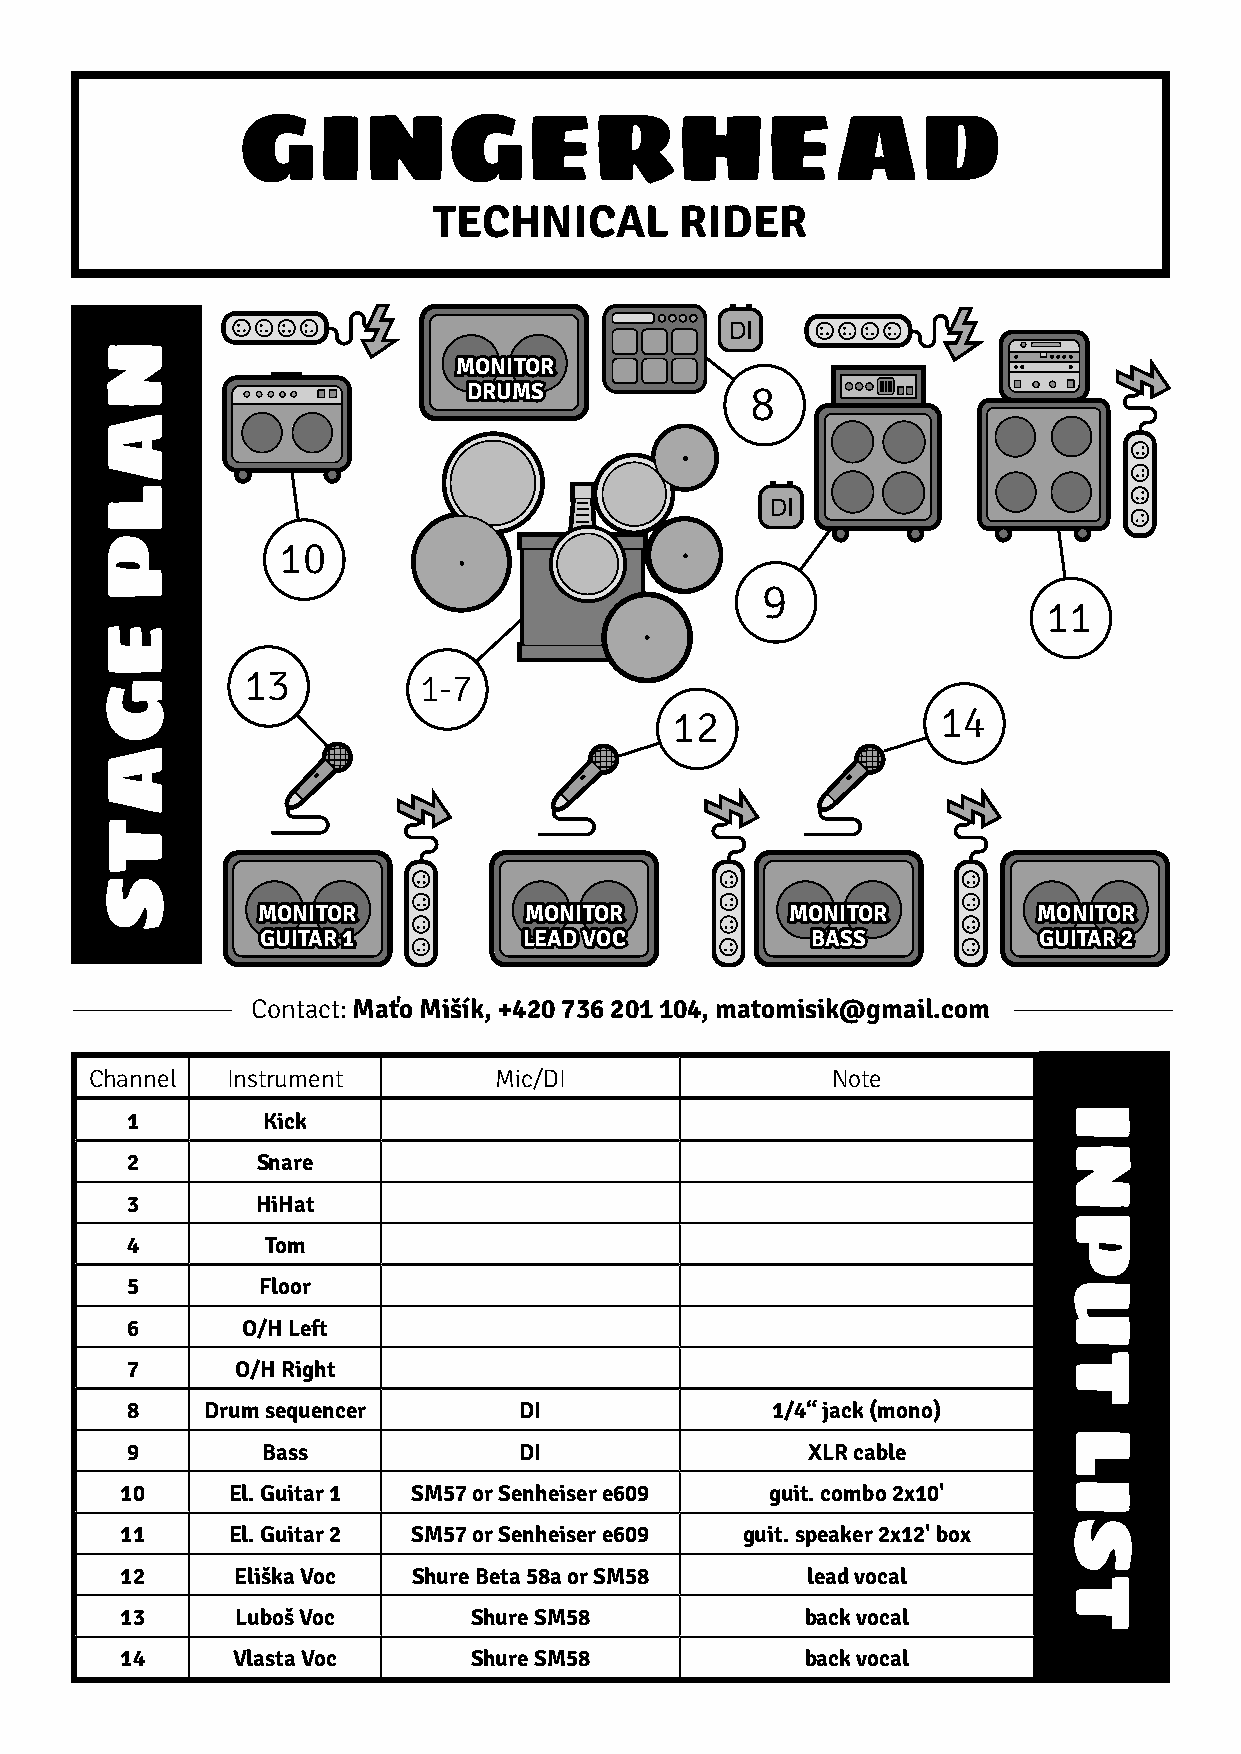
GINGERHEAD
 TECHNICAL       RIDER
 MONITOR
 DRUMS              8
 10
 9
 11
 13          1-7
 12                14
 MONITOR           MONITOR          MONITOR          MONITOR
 GUITAR 1          LEAD VOC           BASS           GUITAR 2
 Contact: Maťo Mišík, +420 736 201 104, matomisik@gmail.com
 Channel  Instrument        Mic/DI                Note
 1        Kick
 2        Snare
 3        HiHat
 4         Tom
 5        Floor
 6       O/H Left
 7       O/H Right
 8    Drum sequencer       DI               1/4“ jack (mono)
 9        Bass             DI                 XLR cable
 10     El. Guitar 1 SM57 or Senheiser e609 guit. combo 2x10'
 11     El. Guitar 2 SM57 or Senheiser e609 guit. speaker 2x12' box
 12     Eliška Voc  Shure Beta 58a or SM58    lead vocal
 13      Luboš Voc      Shure SM58            back vocal
 14     Vlasta Voc      Shure SM58            back vocal
 NALP
 EGATS
 INPUT
 LIST